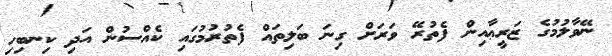
ނޭވާލުމުގެ ޒަރީޢާއިން ފެތުރޭ ވަރަށް ގިނަ ބަލިތައް ފެތުރުމުގައި ކެއްސުން އަދި ކިނބިހި